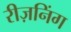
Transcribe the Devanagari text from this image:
रीज़निंग